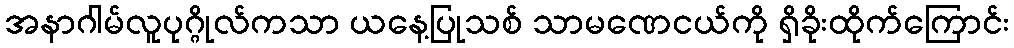
အနာဂါမ်လူပုဂ္ဂိုလ်ကသာ ယနေ့ပြုသစ် သာမဏေငယ်ကို ရှိခိုးထိုက်ကြောင်း